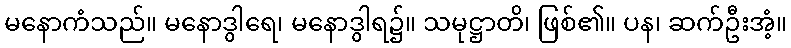
မနောကံသည်။ မနောဒွါရေ၊ မနောဒွါရ၌။ သမုဋ္ဌာတိ၊ ဖြစ်၏။ ပန၊ ဆက်ဦးအံ့။